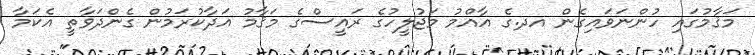
މަޤާމުގައި ހުންނަވައިގެން އދ.ގެ އާއްމު މަޖުލީހުގެ ރައީސްގެ މަޤާމު އަދާކުރަމުން ގެންދަވާތީ އެކަމާ